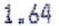
1.64